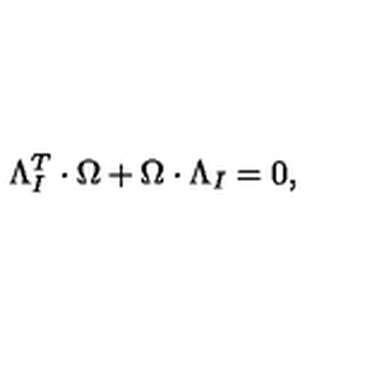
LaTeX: \Lambda _ { I } ^ { T } \cdot \Omega + \Omega \cdot \Lambda _ { I } = 0 ,